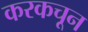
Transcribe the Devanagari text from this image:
करकचून